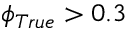
\phi _ { T r u e } > 0 . 3